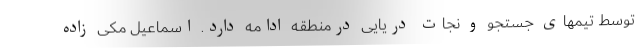
توسط تیمهای جستجو و نجات دریایی درمنطقه ادامه دارد. اسماعیل مکی زاده